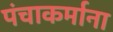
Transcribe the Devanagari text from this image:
पंचाकर्माना